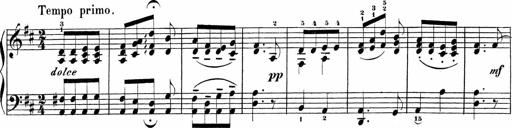
Title: Sonatinen Op.47, 98 und 136, nebst 6 Liedersonatinen
Composer: Carl Reinecke